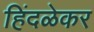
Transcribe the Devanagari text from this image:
हिंदळेकर